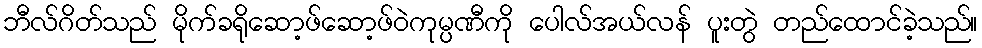
ဘီလ်ဂိတ်သည် မိုက်ခရိုဆော့ဖ်ဆော့ဖ်ဝဲကုမ္ပဏီကို ပေါလ်အယ်လန် ပူးတွဲ တည်ထောင်ခဲ့သည်။